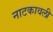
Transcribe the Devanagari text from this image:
नाटकावली